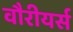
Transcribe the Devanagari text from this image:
वौरीयर्स